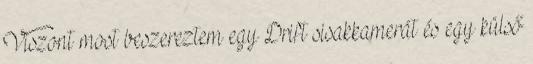
Viszont most beszereztem egy Drift sisakkamerát és egy külső